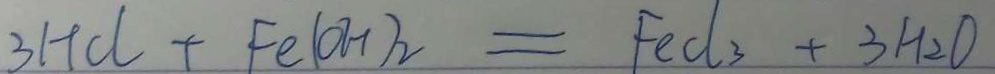
3 H C l + F e ( O H ) _ { 2 } = F e C l _ { 3 } + 3 H _ { 2 } O